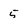
Character: 5